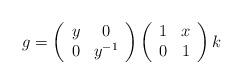
LaTeX: \begin{align*} g = \left(\begin{array}{cc} y & 0 \\ 0 & y^{-1}\end{array}\right)\left(\begin{array}{cc} 1 & x \\ 0 & 1\end{array}\right) k\end{align*}